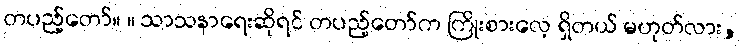
တပည့်တော်။ ။ သာသနာရေးဆိုရင် တပည့်တော်က ကြိုးစားလေ့ ရှိတယ် မဟုတ်လား,